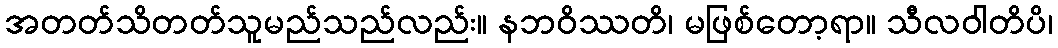
အတတ်သိတတ်သူမည်သည်လည်း။ နဘဝိဿတိ၊ မဖြစ်တော့ရာ။ သီလဝါတိပိ၊